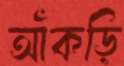
আঁকড়ি